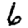
Digit: 6